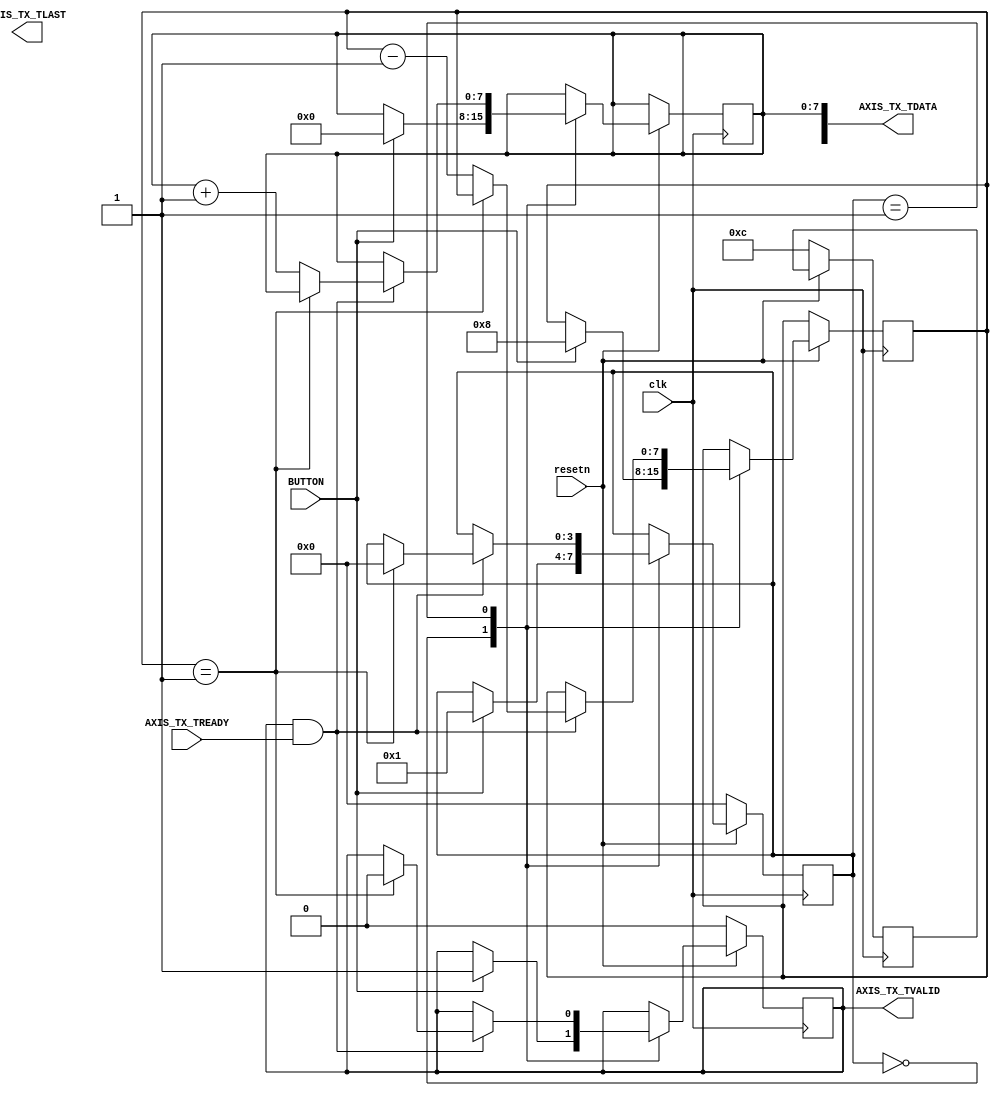

`timescale 1ns / 1ps
//===================================================================================================
//                            ------->  Revision History  <------
//===================================================================================================
//
//   Date     Who   Ver  Changes
//===================================================================================================
// 08-Sep-22  DWW  1000  Initial creation
//===================================================================================================


`define AXIS_DATA_WIDTH 256

module request_gen
(
    input clk, resetn,

    input BUTTON,

    //========================  AXI Stream interface for sending requests  ==========================
    output [`AXIS_DATA_WIDTH-1:0]     AXIS_TX_TDATA,
    output reg                        AXIS_TX_TVALID,
    output reg                        AXIS_TX_TLAST,
    input                             AXIS_TX_TREADY
    //===============================================================================================
);


reg[3:0] dgsm_state;
reg[7:0] counter;
reg[7:0] row;
reg[15:0] frame;

assign AXIS_TX_TDATA[7:0] = row;
assign AXIS_TX_TDATA[31:16] = frame;

always @(posedge clk) begin
    if (resetn == 0) begin
        dgsm_state     <= 0;
        AXIS_TX_TVALID <= 0;
        frame          <= 12;
    end

    else case(dgsm_state)
        0: if (BUTTON) begin
                dgsm_state     <= 1;
                counter        <= 8;
                AXIS_TX_TVALID <= 1;
                row            <= 0;
               
            end

        1:  if (AXIS_TX_TVALID & AXIS_TX_TREADY) begin
                if (counter == 1) begin
                    AXIS_TX_TVALID <= 0;
                    dgsm_state     <= 0;
                end

                else begin
                    counter <= counter - 1;
                    row     <= row     + 1;
                end
            end
    endcase
end


endmodule